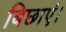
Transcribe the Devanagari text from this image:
बिछाएं।